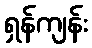
ရှန်ကျန်း